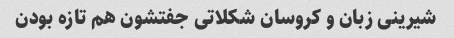
شیرینی زبان و کروسان شکلاتی جفتشون هم تازه بودن